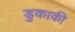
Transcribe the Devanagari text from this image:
डुकाकी